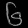
Digit: ၆